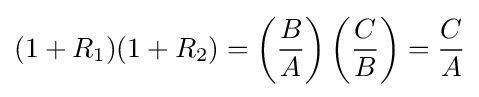
(1+R_{1})(1+R_{2})=\left({\frac {B}{A}}\right)\left({\frac {C}{B}}\right)={\frac {C}{A}}